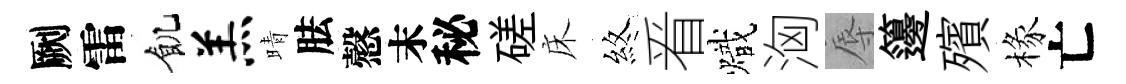
劂雷飢羔晴胠慤末秘磋床煞㸔熾洶辱籩殯椽亡